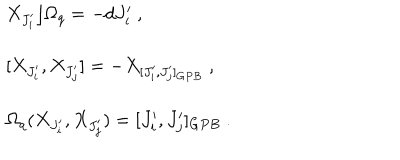
\begin{array} { l } { { X _ { J _ { i } ^ { \prime } } \rfloor \Omega _ { q } = - d J _ { i } ^ { \prime } ~ , } } \\ { { [ X _ { J _ { i } ^ { \prime } } , X _ { J _ { j } ^ { \prime } } ] = - X _ { [ J _ { i } ^ { \prime } , J _ { j } ^ { \prime } ] _ { G P B } } ~ , } } \\ { { \Omega _ { q } ( X _ { J _ { i } ^ { \prime } } , X _ { J _ { j } ^ { \prime } } ) = [ J _ { i } ^ { \prime } , J _ { j } ^ { \prime } ] _ { G P B } ~ . } } \\ \end{array}